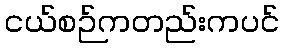
ငယ်စဉ်ကတည်းကပင်